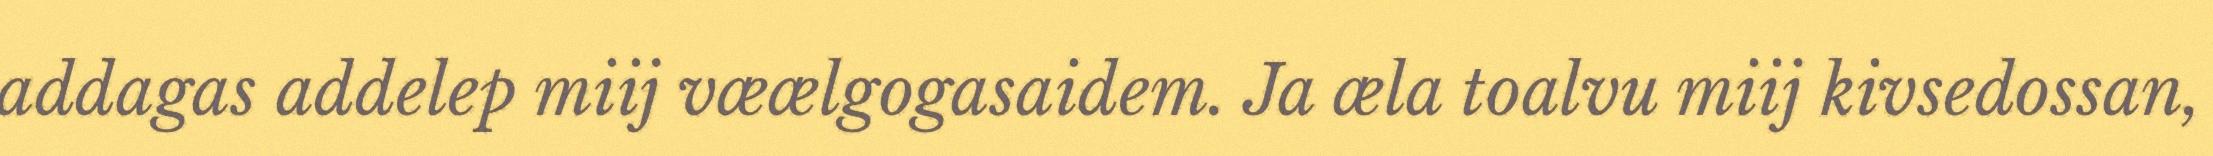
addagas addelep miij væælgogasaidem. Ja æla toalvu miij kivsedossan,